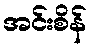
အင်းစိန်